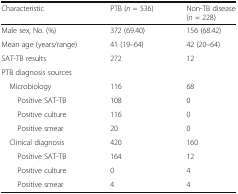
<table><thead><tr><td><b>Characteristic</b></td><td><b>PTB (<i>n</i> = 536)</b></td><td><b>Non-TB disease (<i>n</i> = 228)</b></td></tr></thead><tbody><tr><td>Male sex, No. (%)</td><td>372 (69.40)</td><td>156 (68.42)</td></tr><tr><td>Mean age (years/range)</td><td>41 (19–64)</td><td>42 (20–64)</td></tr><tr><td>SAT-TB results</td><td>272</td><td>12</td></tr><tr><td colspan="3">PTB diagnosis sources</td></tr><tr><td> Microbiology</td><td>116</td><td>68</td></tr><tr><td>Positive SAT-TB</td><td>108</td><td>0</td></tr><tr><td>Positive culture</td><td>116</td><td>0</td></tr><tr><td>Positive smear</td><td>20</td><td>0</td></tr><tr><td> Clinical diagnosis</td><td>420</td><td>160</td></tr><tr><td>Positive SAT-TB</td><td>164</td><td>12</td></tr><tr><td>Positive culture</td><td>0</td><td>4</td></tr><tr><td>Positive smear</td><td>4</td><td>4</td></tr></tbody></table>